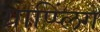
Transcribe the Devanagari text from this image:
ग्राप्प्लिंग